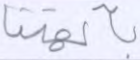
بآلهتنا